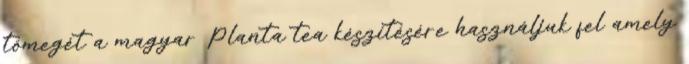
tömegét a magyar Planta tea készítésére használjuk fel amely